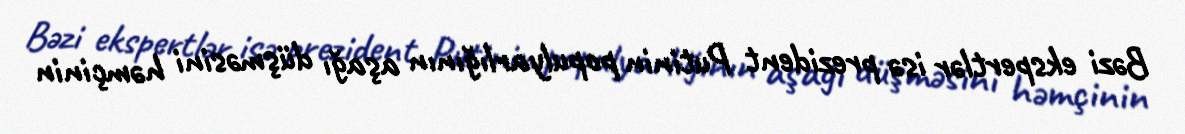
Bəzi ekspertlər isə prezident Putinin populyarlığının aşağı düşməsini həmçinin